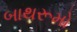
બાથરૂમો